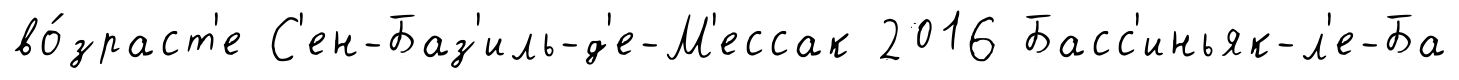
во́зраст'е С'ен-Баз'иль-д'е-М'ессак 2016 Басс'иньяк-л'е-Ба